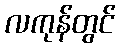
လကုန်တွင်